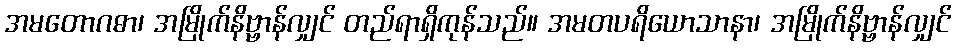
အမတောဂဓာ၊ အမြိုက်နိဗ္ဗာန်လျှင် တည်ရာရှိကုန်သည်။ အမတပရိယောသာနာ၊ အမြိုက်နိဗ္ဗာန်လျှင်